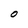
Character: O